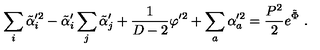
\sum _ { i } \tilde { \alpha } _ { i } ^ { \prime 2 } - \tilde { \alpha } _ { i } ^ { \prime } \sum _ { j } \tilde { \alpha } _ { j } ^ { \prime } + { \frac { 1 } { D - 2 } } \varphi ^ { \prime 2 } + \sum _ { a } \alpha _ { a } ^ { \prime 2 } = { \frac { P ^ { 2 } } { 2 } } e ^ { \tilde { \Phi } } \ .